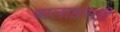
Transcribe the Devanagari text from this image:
बालाहस्ती